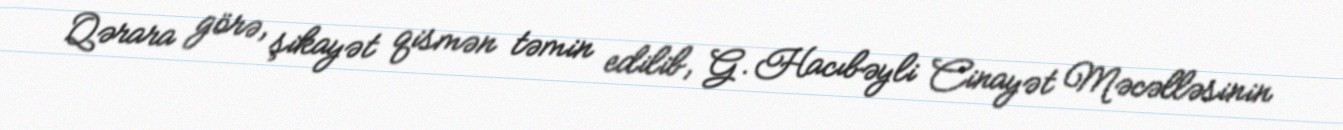
Qərara görə, şikayət qismən təmin edilib, G. Hacıbəyli Cinayət Məcəlləsinin